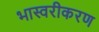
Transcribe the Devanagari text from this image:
भास्वरीकरण